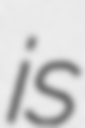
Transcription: is